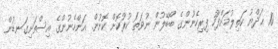
10 ޙަދްޔު ކަތިލުމަށްފަހު ފިރިހެނުންގެ ބޯބޭލުން ނުވަތަ ކުރުކޮށް ކޮށުން. އަންހެނުންގެ އިސްތަށިގަނޑުން